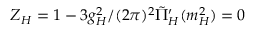
Z _ { H } = 1 - 3 g _ { H } ^ { 2 } / ( 2 \pi ) ^ { 2 } \tilde { \Pi } _ { H } ^ { \prime } ( m _ { H } ^ { 2 } ) = 0